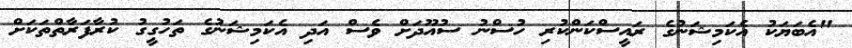
"އެބަޔަކު އެކަމިޝަނުގެ ރައީސްކަންކުރި ހުސްނު ސުއޫދަށް ވެސް އަދި އެކަމިޝަނުގެ ތަހުގީގު ކުރާފަރާތްތަކަށް